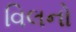
વિલનો